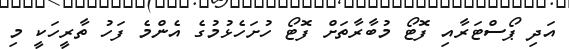
އަދި ޕޯސްޓަރާއި ފޮޓޯ މުބާރާތަށް ފޮޓޯ ހުށަހެޅުމުގެ އެންމެ ފަހު ތާރީހަކީ މި